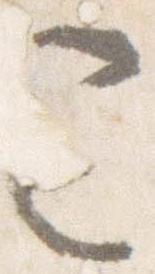
也